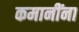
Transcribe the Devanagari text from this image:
कमानींना